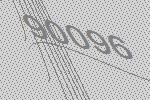
90096